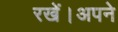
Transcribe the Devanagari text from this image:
रखें।अपने